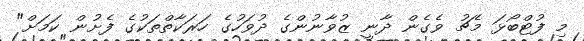
މި ފުޓްބޯޅަ މެޗު ވެގެން ދާނީ ޒުވާނުންގެ ދުވަހުގެ ހަރަކާތްތަކުގެ ފެށުން ކަމަށް"